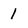
Character: 1